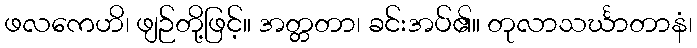
ဖလကေဟိ၊ ဖျဉ်တို့ဖြင့်။ အတ္တတာ၊ ခင်းအပ်၏။ တုလာသင်္ဃာတာနံ၊